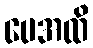
ပေအထိ